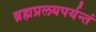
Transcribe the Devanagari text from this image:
ब्रह्मप्रलयपर्यन्तं